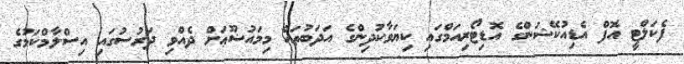
ފެކަލްޓީ އޮފް އެޑިއުކޭޝަންގެ އޮޑިޓޯރިއަމްގައި ކިޔަވާކުދިންގެ އަދަބުތައް މިމައުޟޫޢަށް ދެއްވި ދަރުސުގައި އިސްލާމްކަމުގެ